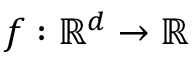
f : \mathbb { R } ^ { d } \rightarrow \mathbb { R }